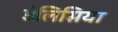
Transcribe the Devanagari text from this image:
डेलिसिया